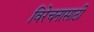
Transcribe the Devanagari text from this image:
विरेचनासाठी